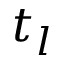
t _ { l }